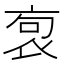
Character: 𧙎